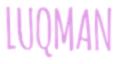
LUQMAN